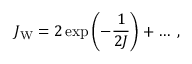
J _ { \mathrm { W } } = 2 \exp \left( - { \frac { 1 } { 2 J } } \right) + \ldots ~ ,